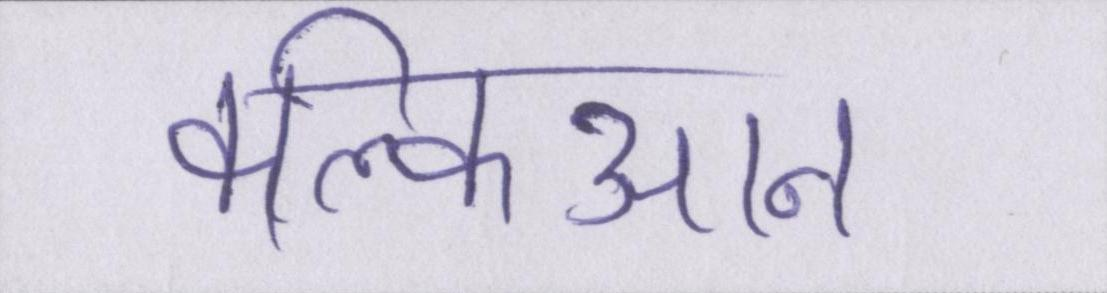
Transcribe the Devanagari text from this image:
कल्किआन